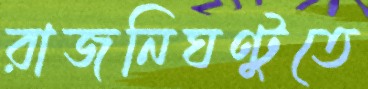
রাজনিঘণ্টুতে